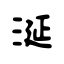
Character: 涎